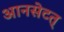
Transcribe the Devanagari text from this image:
आनसेटत्